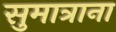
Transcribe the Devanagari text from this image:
सुमात्राना